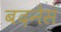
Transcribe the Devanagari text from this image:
बदनेस